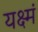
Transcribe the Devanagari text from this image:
यक्ष्मं